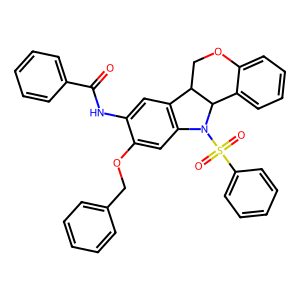
SMILES: O=C(Nc1cc2c(cc1OCc1ccccc1)N(S(=O)(=O)c1ccccc1)C1c3ccccc3OCC21)c1ccccc1
Inhibits HIV replication: No